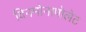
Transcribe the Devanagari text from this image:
विनमोनापोलेट